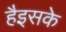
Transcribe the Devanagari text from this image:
हैइसके